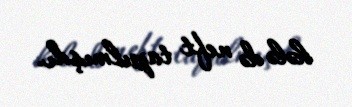
hələ də neft tapılmışdı.